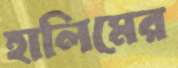
হালিমের